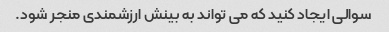
سوالی ایجاد کنید که می تواند به بینش ارزشمندی منجر شود.